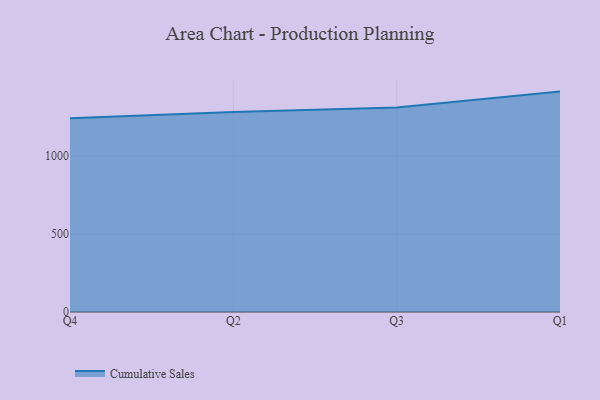
{"axis": {"x": "Quarter", "y": "Energy Usage (MWh)"}, "legend": ["Cumulative Sales"], "data": [{"x": "Q4", "y": 1244.0, "type": "Cumulative Sales"}, {"x": "Q2", "y": 1284.6, "type": "Cumulative Sales"}, {"x": "Q3", "y": 1313.4, "type": "Cumulative Sales"}, {"x": "Q1", "y": 1415.0, "type": "Cumulative Sales"}]}